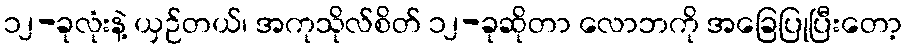
၁၂-ခုလုံးနဲ့ ယှဉ်တယ်၊ အကုသိုလ်စိတ် ၁၂-ခုဆိုတာ လောဘကို အခြေပြုပြီးတော့